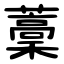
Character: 藳